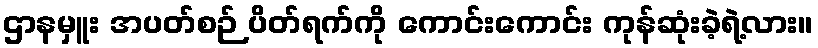
ဌာနမှူး အပတ်စဉ် ပိတ်ရက်ကို ကောင်းကောင်း ကုန်ဆုံးခဲ့ရဲ့လား။